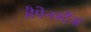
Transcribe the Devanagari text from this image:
हैपेनस्टैंस